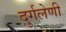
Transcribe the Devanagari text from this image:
दुर्गलेणी